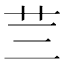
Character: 𮶜